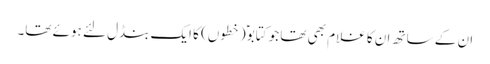
ان کے ساتھ ان کا غلام بھی تھا جو کتابوؑ (خطوں) کا ایک بنڈل لئے ہوئے تھا۔